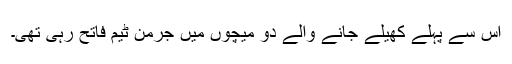
اِس سے پہلے کھیلے جانے والے دو میچوں میں جرمن ٹیم فاتح رہی تھی۔